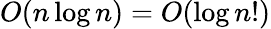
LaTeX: O(n\log n)=O(\log n!)